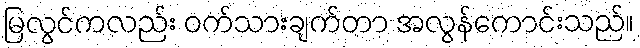
မြလွင်ကလည်း ဝက်သားချက်တာ အလွန်ကောင်းသည်။